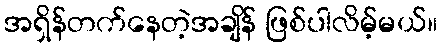
အရှိန်တက်နေတဲ့အချိန် ဖြစ်ပါလိမ့်မယ်။